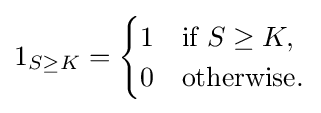
1_{S\geq K}={\begin{cases}1&{\text{if }}S\geq K,\\0&{\text{otherwise.}}\end{cases}}